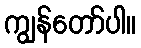
ကျွန်တော်ပါ။